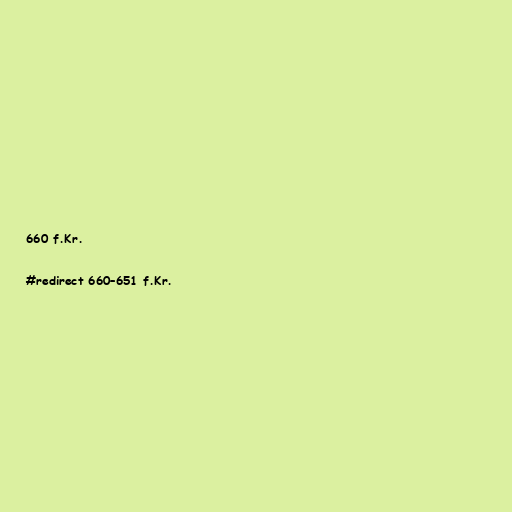
660 f.Kr.

#redirect 660–651 f.Kr.